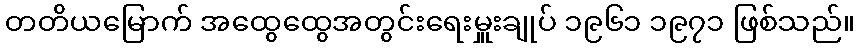
တတိယမြောက် အထွေထွေအတွင်းရေးမှူးချုပ် ၁၉၆၁ ၁၉၇၁ ဖြစ်သည်။